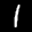
Label: 1